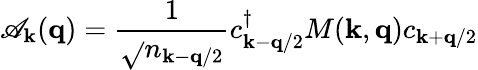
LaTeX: \mathscr{A}_{{\mathbf{{k}}}}({\mathbf{{q}}})=\frac{{1}}{{\sqrt{}{{n_{{\mathbf{{k}}}-{\mathbf{{q}}}/2}}}}}c_{{\mathbf{{k}}}-{\mathbf{{q}}}/2}^{\dagger}M({\mathbf{{k}}},{\mathbf{{q}}})c_{{\mathbf{{k}}}+{\mathbf{{q}}}/2}